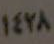
١٤٢٨